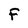
Character: F